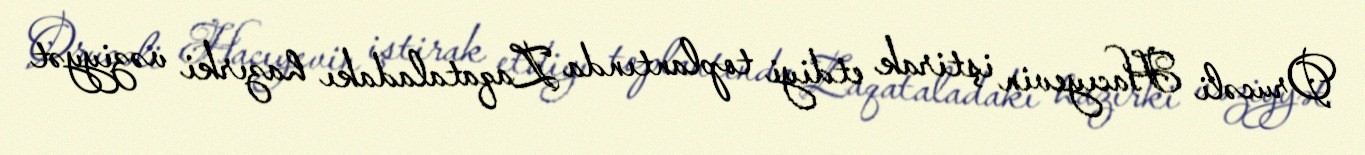
Orucəli Hacıyevin iştirak etdiyi toplantında Zaqataladakı hazırki vəziyyət